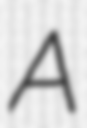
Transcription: A